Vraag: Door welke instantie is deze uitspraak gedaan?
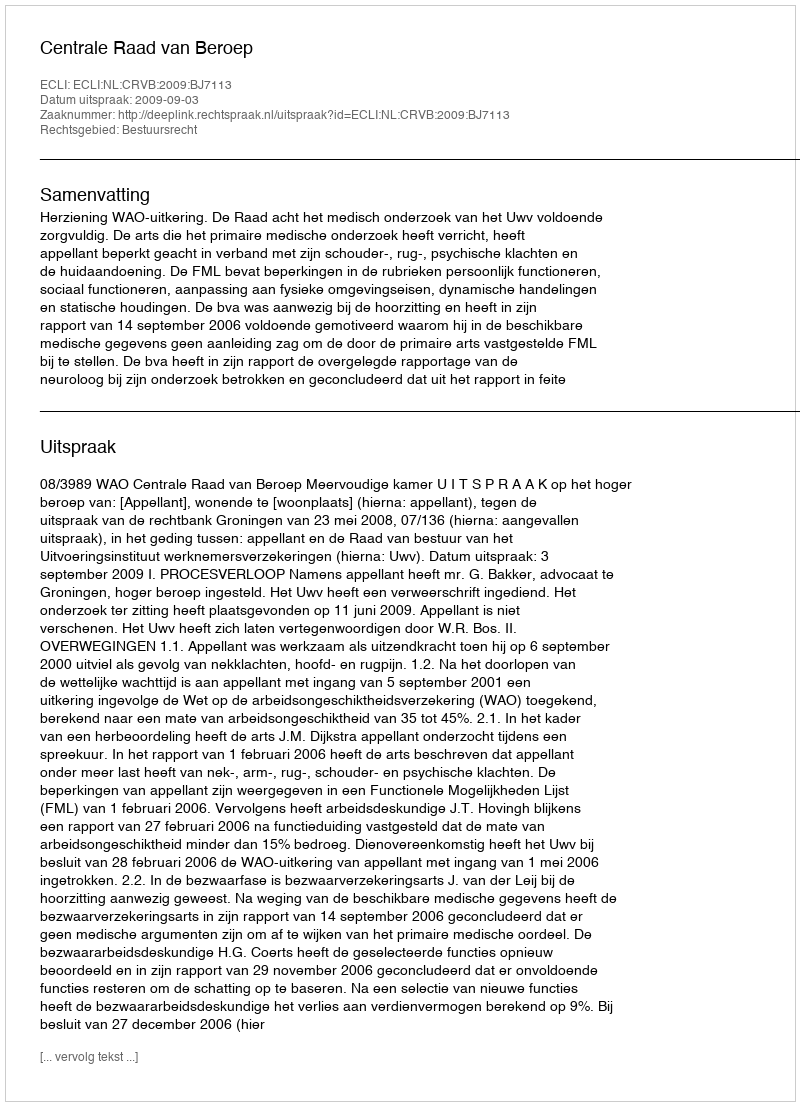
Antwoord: Centrale Raad van Beroep